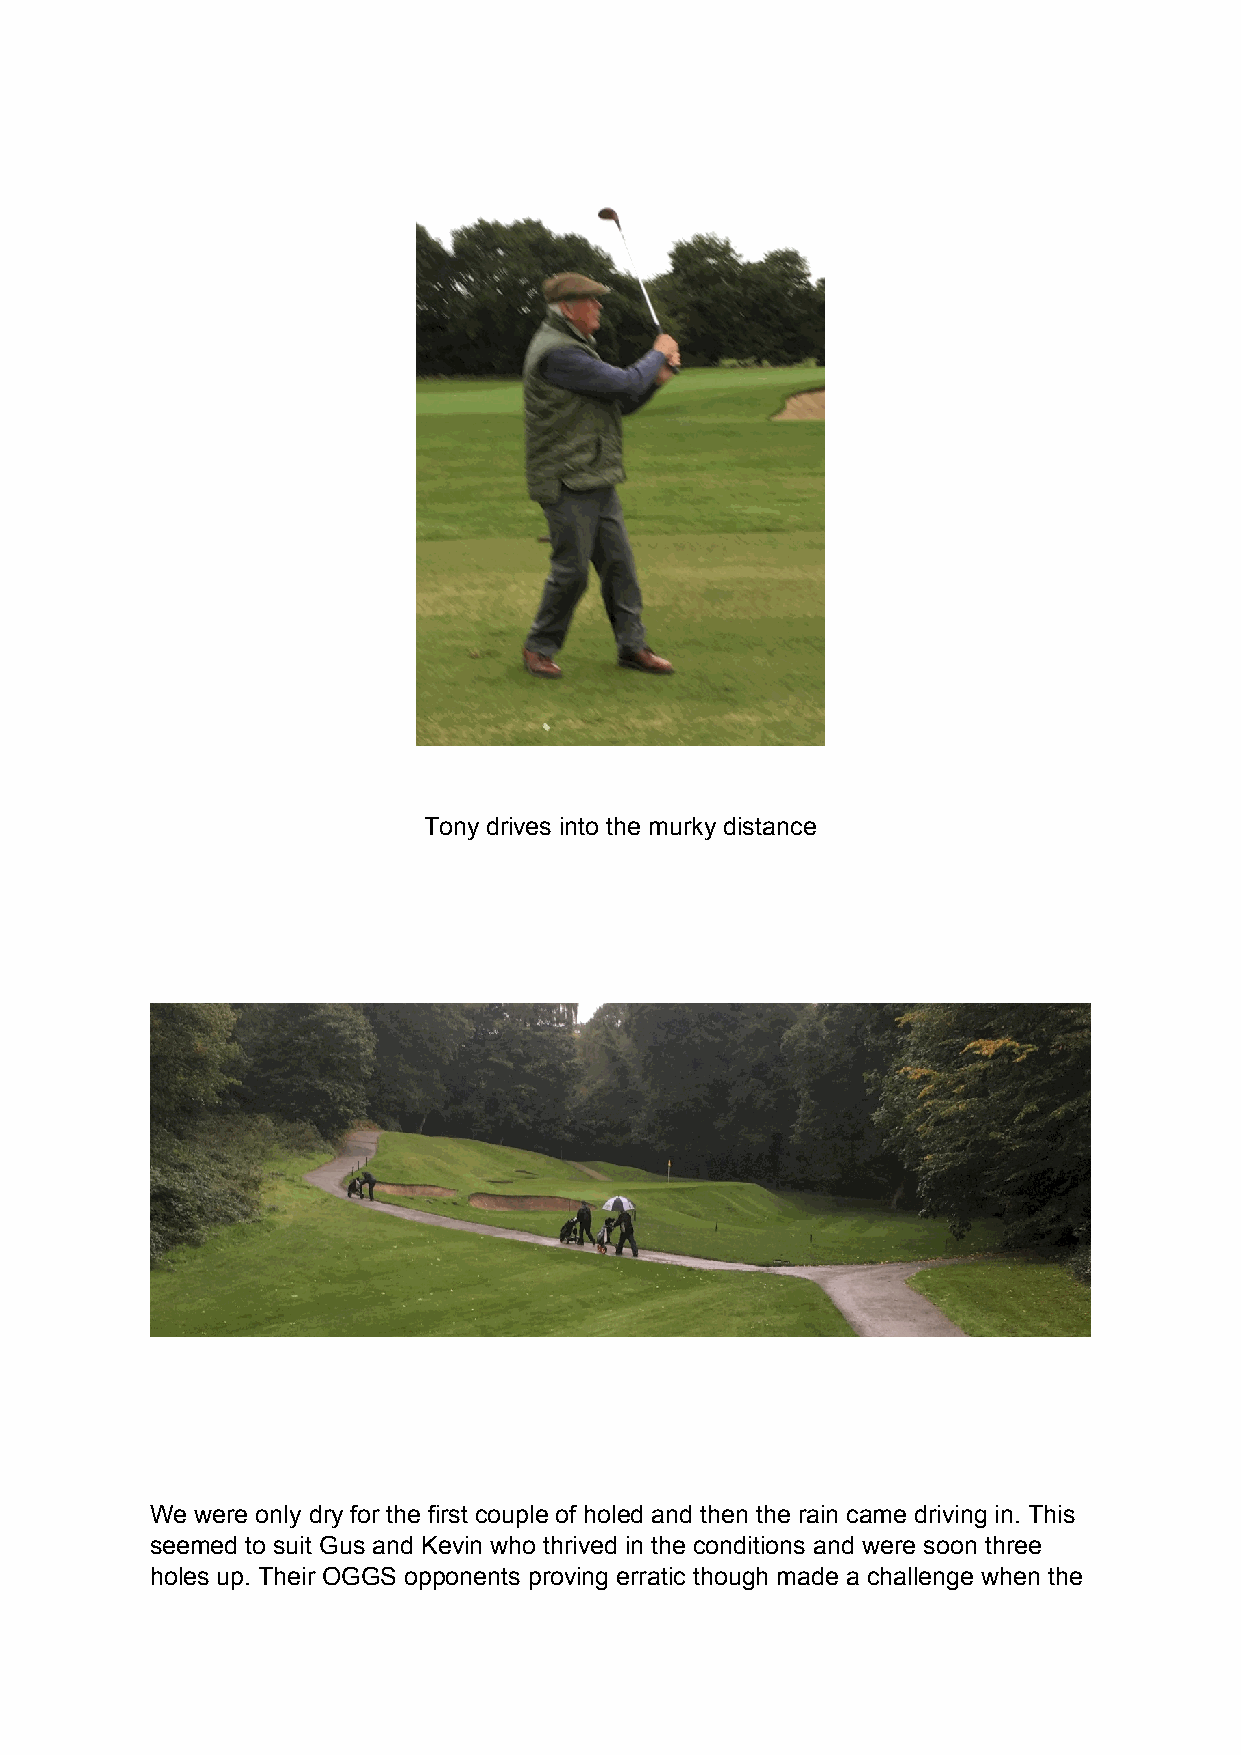
Tony drives into the murky distance
 We were only dry for the first couple of holed and then the rain came driving in. This
 seemed to suit Gus and Kevin who thrived in the conditions and were soon three
 holes up. Their OGGS opponents proving erratic though made a challenge when the